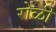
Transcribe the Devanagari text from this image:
रोळी